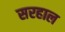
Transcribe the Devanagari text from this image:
सरहाल